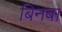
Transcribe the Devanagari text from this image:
बिनबा